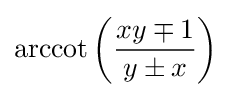
\operatorname {arccot} \left({\frac {xy\mp 1}{y\pm x}}\right)